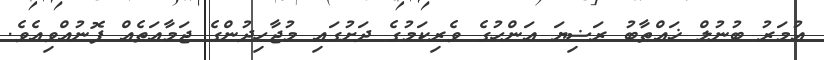
ޢުމަރު ބުނުލް ޚައްޠާބު ރަޟިޔަ ޢަންހުގެ ވެރިކަމުގެ ދަށުގައި މުޖާހިދުންގެ ޖަމާޢަތެއް ފޮނުއްވިއެވެ.